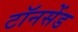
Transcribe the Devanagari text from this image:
टॉनसेंड